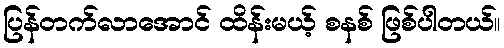
ပြန်တက်လာအောင် ထိန်းမယ့် စနစ် ဖြစ်ပါတယ်။